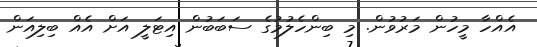
އެއްހާ މީހުން މަރުވުން. މި ބިންހެލުމުގެ ސަބަބުން އިޓަލީ އަށް އެއް ބިލިއަން